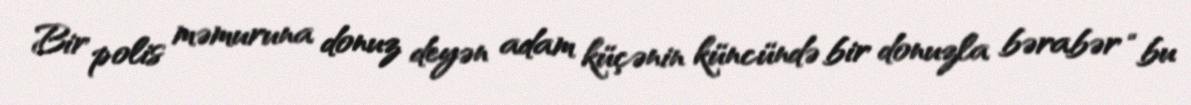
Bir polis məmuruna donuz deyən adam küçənin küncündə bir donuzla bərabər “bu